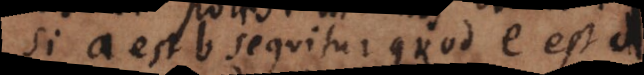
Si a est b sequitur quod e est d